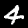
Label: 4